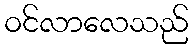
ဝင်လာလေသည်